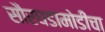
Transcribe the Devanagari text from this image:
सौरघडामोडींचा